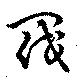
閥